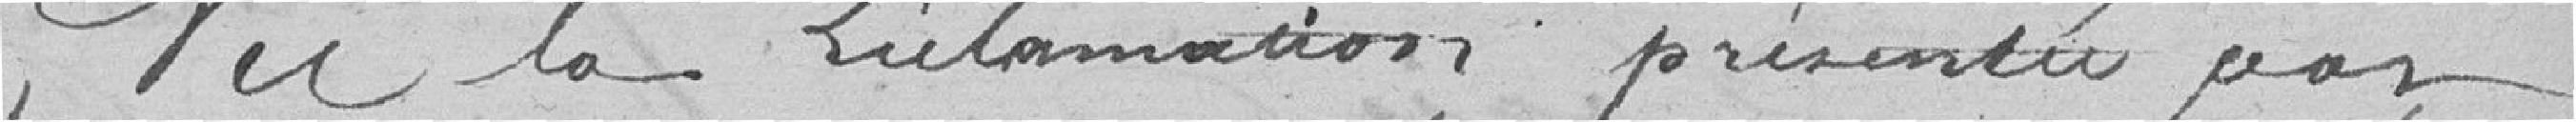
Lit la déclaration présentée par